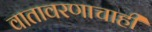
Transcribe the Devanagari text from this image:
वातावरणाचाही